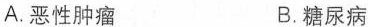
A.恶性肿瘤 B.糖尿病